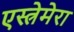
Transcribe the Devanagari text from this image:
एस्त्रेमेरा